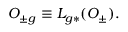
{ \cal O } _ { \pm g } \equiv L _ { g * } ( { \cal O } _ { \pm } ) .